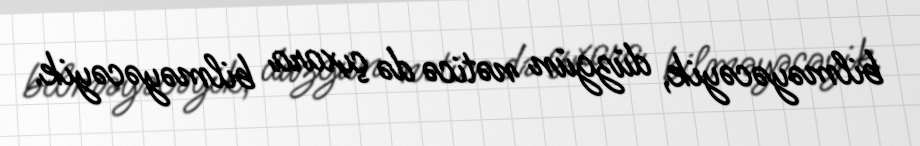
bilməyəcəyik, düzgün nəticə də çıxara bilməyəcəyik.